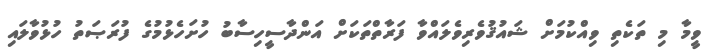
ވީމާ މި ތަކެތި ވިއްކުމަށް ޝައުޤުވެރިވެލައްވާ ފަރާތްތަކަށް އަންދާސީހިސާބު ހުށަހެޅުމުގެ ފުރަޞަތު ހުޅުވާލައި